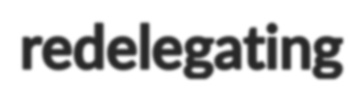
redelegating